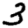
Digit: 3